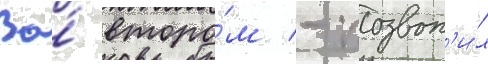
Во́ второ́м - позвон'и́л